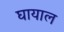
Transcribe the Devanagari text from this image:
घायाल